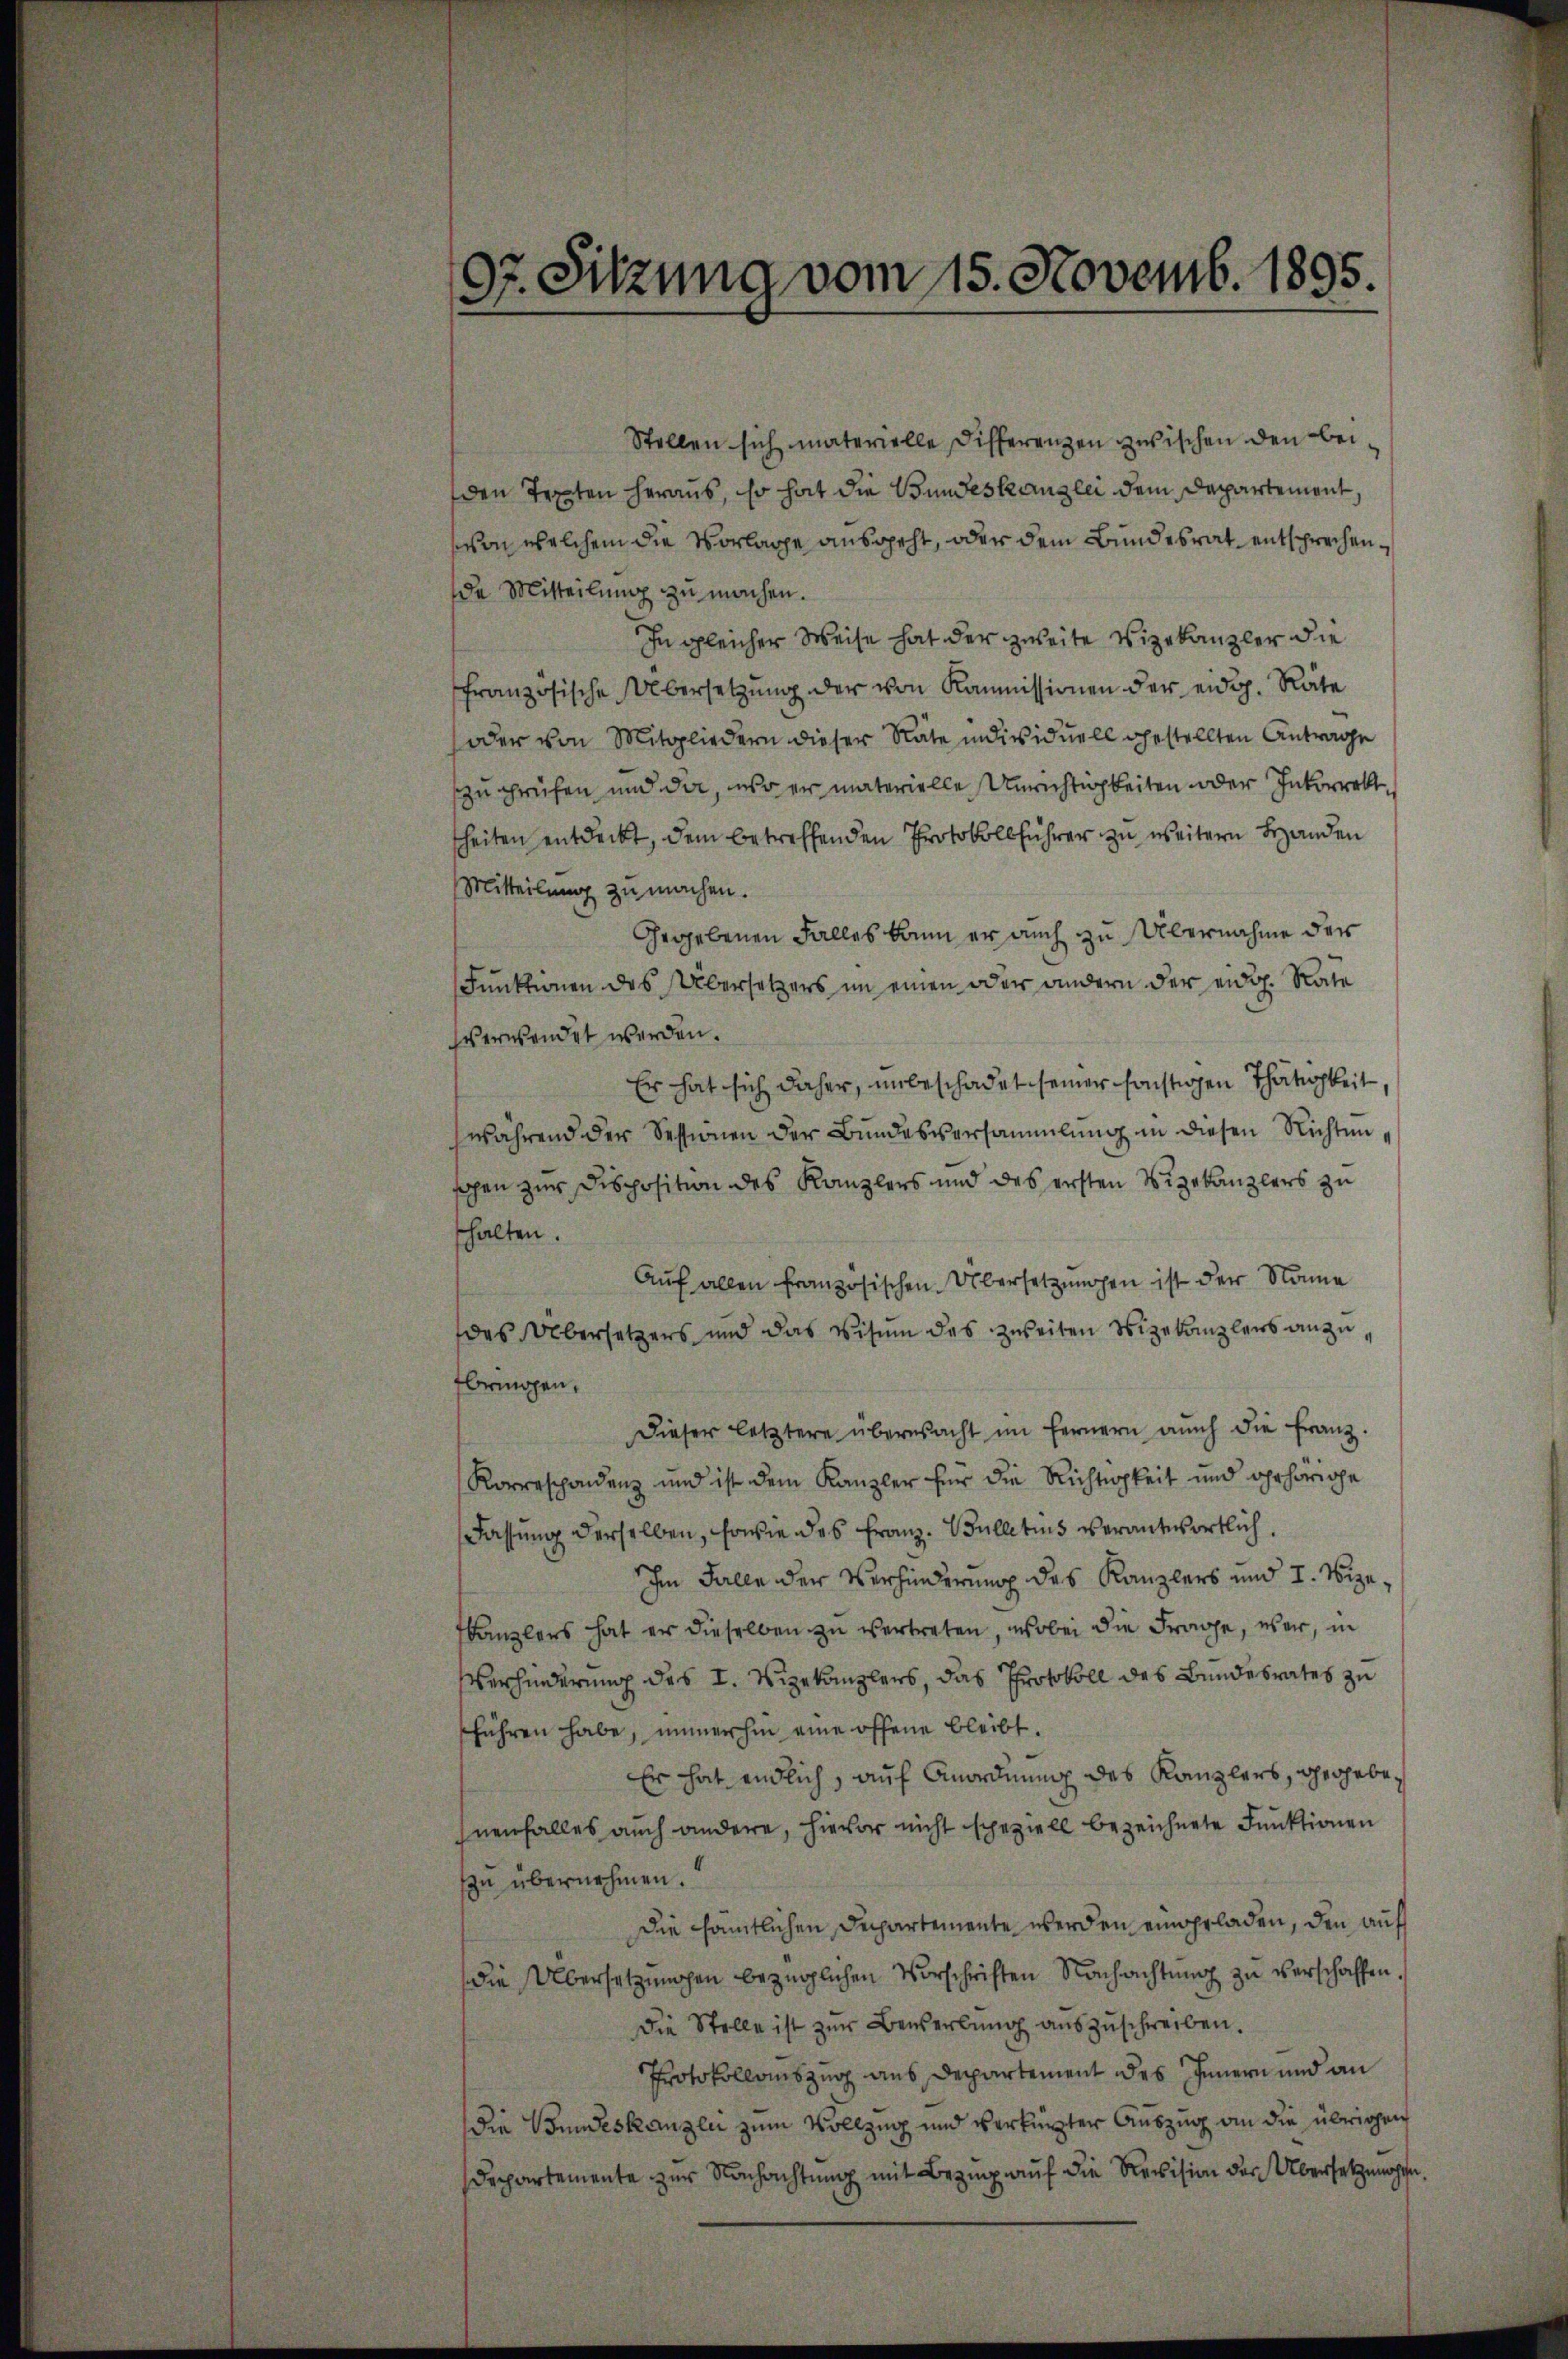
97. Sitzung vom 15. Novemb. 1895.

Stellen sich materielle Differenzen zwischen den beiden Texten heraus, so hat die Bundeskanzlei dem Departement,
von welchem die Vorlage ausgeht, oder dem Bundesrat entsprechende Mitteilung zu machen.
In gleicher Weise hat der zweite Vizekanzler die
französische Übersetzŭng der von Kommissionen der eidg. Räte
oder von Mitgliedern dieser Räte individuell gestellten Antrage
zu prüfen und da, wo er materielle Unrichtigkeiten oder Inkorrekt
sheiten entdeckt, dem betreffenden Protokollführer zu weitern Handen
Mitteilung zu machen.
Gegebenen Falles kann er auch zu Übernahme der
Funktionen des Übersetzers im einen oder andern der eidg. Rate
verwendet werden.
Er hat sich daher, unbeschadet seiner sonstigen Thätigkeit,
während der Sessionen der Bundesversammlung in diesen Richtunsogen zur Disposition des Kanzlers und des ersten Vizekanzlers zu
halten.
Auf allen französischen Übersetzungen ist der Name
des Übersetzers und das Visum des zweiten Vizekanzlers anzufbringen,
Dieser letztere überwacht im fernern aŭch die Franz.
Korrespondenz und ist dem Kanzler für die Richtigkeit und gehörige
Fassung derselben, sowie des Franz. Bulletins verantwortlich.
Im Falle der Verhinderung des Kanzlers und I. Vize¬
Kanzlers hat er dieselben zu vertreten, wobei die Frage, war, in
Verhinderung des I. Vizekanzlers, das Protokoll des Bundesrates zu
führen habe, immerhin eine offene bleibt.
Er hat endlich, auf Anordnung des Kanzlers, verhebenenfalles auch andere, hievor nicht speziell bezeichnete Funktionen
n übernehmen.
Die sämtlichen Departemente werden eingeladen, den auf
die Übersetzungen bezüglichen Vorschriften Nachachtung zu verschaffen.
Die Stelle ist zur Bewerbung auszuschreiben.
Protokollauszug aus Departement des Innern und an
Die Bundeskanzlei zum Vollzug und verkürzter Auszug an die übrigen
Departemente zur Nachachtung mit Bezug auf die Revision der Übersetzungen.